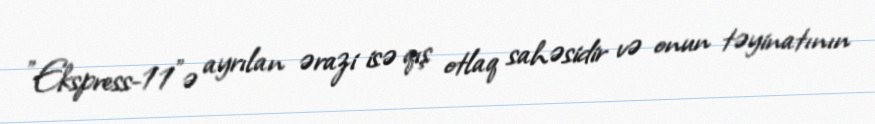
”Ekspress-11"ə ayrılan ərazi isə qış otlaq sahəsidir və onun təyinatının